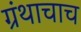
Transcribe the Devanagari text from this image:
ग्रंथाचाच